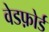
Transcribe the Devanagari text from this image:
वेडफ़ोर्ड